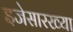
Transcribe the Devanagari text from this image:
इजेसारख्या